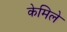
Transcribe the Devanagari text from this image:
केमिले